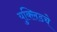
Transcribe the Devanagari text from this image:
युक्लिडचे